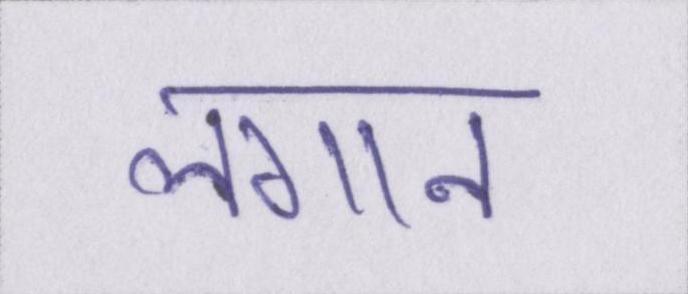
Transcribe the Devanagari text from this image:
लगान